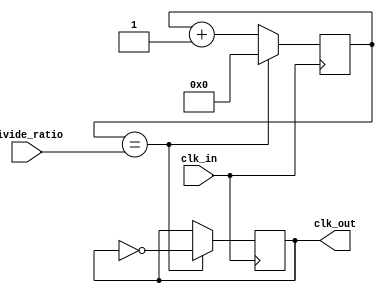
module fractional_clock_divider (
    input wire clk_in,
    input wire [31:0] divide_ratio,
    output wire clk_out
);

reg [31:0] counter;
reg output_reg;

always @(posedge clk_in) begin
    if (counter == divide_ratio) begin
        output_reg <= ~output_reg;
        counter <= 0;
    end else begin
        counter <= counter + 1;
    end
end

assign clk_out = output_reg;

endmodule